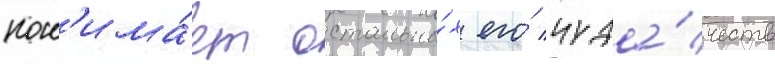
пон'има́ет остальны́х его́ чуда́честв